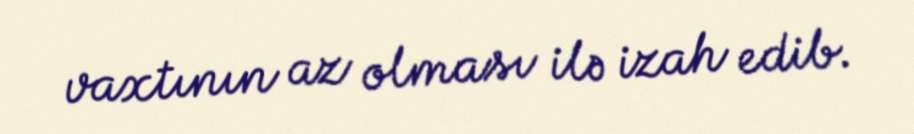
vaxtının az olması ilə izah edib.